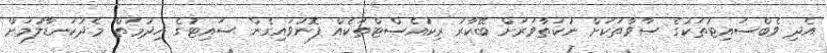
އެދި ވެބްސައިޓުތަކުގެ ސާވާތަކަށް ނުކަތާވަރަށް ބޭކާރު ރިކުއެސްޓްތަކެއް ފޮނުވައިގެން ސައިޓުގެ ހިދުމަތް މެދުކަނޑާލުމަށް